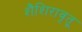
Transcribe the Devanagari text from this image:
शैशिरावृतू